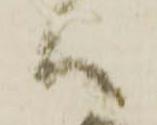
ハ